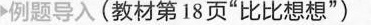
例题导入(教材第18页”比比想想”)